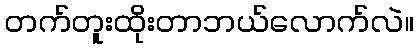
တက်တူးထိုးတာဘယ်လောက်လဲ။